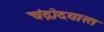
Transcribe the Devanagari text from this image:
चंद्रोदयास्त